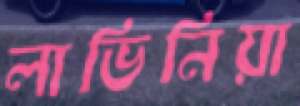
লাভিনিয়া